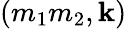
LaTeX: (m_{1}m_{2},\textbf{k})